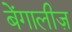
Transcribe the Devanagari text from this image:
बेंगालीज़